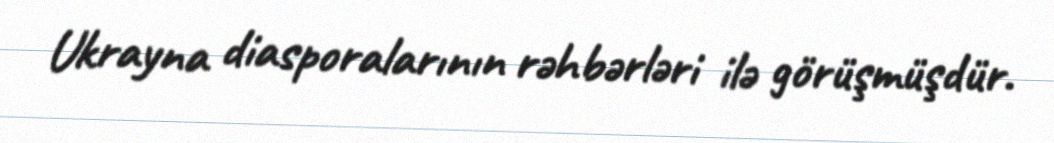
Ukrayna diasporalarının rəhbərləri ilə görüşmüşdür.